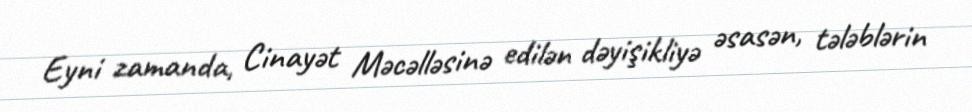
Eyni zamanda, Cinayət Məcəlləsinə edilən dəyişikliyə əsasən, tələblərin